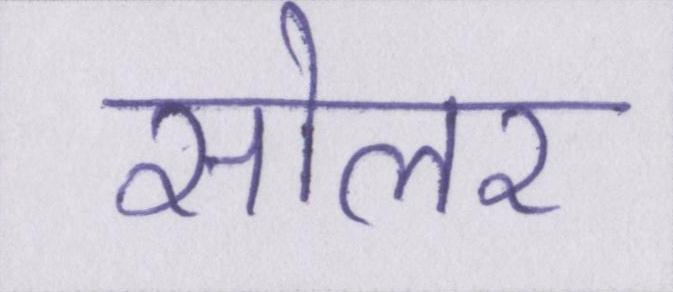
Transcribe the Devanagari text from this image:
सोलर